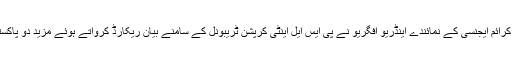
اسپاٹ فکسنگ کیس میں برطانوی نیشنل کرائم ایجنسی کے نمائندے اینڈریو افگریو نے پی ایس ایل اینٹی کرپشن ٹریبونل کے سامنے بیان ریکارڈ کرواتے ہوئے مزید دو پاکستانی کھلاڑیوں کے ناموں کا انکشاف کیا۔